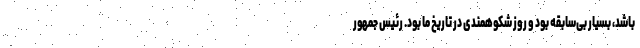
باشد، بسیار بی‌سابقه بود و روز شکوهمندی در تاریخ ما بود. رئیس جمهور